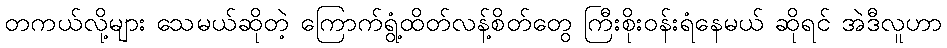
တကယ်လို့များ သေမယ်ဆိုတဲ့ ကြောက်ရွံ့ထိတ်လန့်စိတ်တွေ ကြီးစိုးဝန်းရံနေမယ် ဆိုရင် အဲဒီလူဟာ